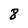
Character: 8